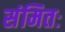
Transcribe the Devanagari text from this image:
संमितः